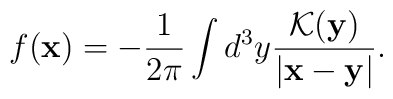
f({\bf x})=-\frac{1}{2\pi}\int d^3y\frac{{\cal K}({\bf y})}{|{\bf x}-{\bf y}|}.